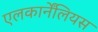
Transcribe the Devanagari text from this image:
एलकार्नेंलियस